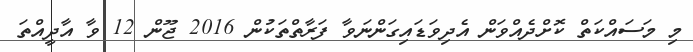
މި މަސައްކަތް ކޮށްދެއްވަން އެދިވަޑައިގަންނަވާ ފަރާތްތަކުން 2016 ޖޫން 12 ވާ އާދީއްތަ